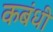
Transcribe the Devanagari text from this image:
कबंधी